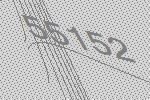
55152